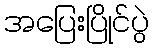
အပြေးပြိုင်ပွဲ